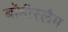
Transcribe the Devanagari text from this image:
बॉडीस्लैम